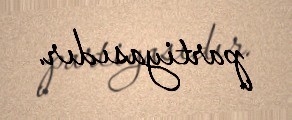
partiyasıdır.